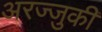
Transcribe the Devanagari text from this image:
अरज्जुकी